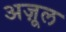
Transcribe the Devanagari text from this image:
अज़ूल